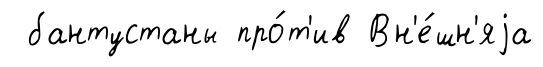
бантустаны про́т'ив Вн'е́шн'яjа